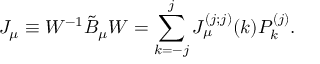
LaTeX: J _ { \mu } \equiv W ^ { - 1 } \tilde { B } _ { \mu } W = \sum _ { k = - j } ^ { j } J _ { \mu } ^ { ( j ; j ) } ( k ) P _ { k } ^ { ( j ) } .